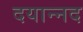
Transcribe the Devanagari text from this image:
दयान्नद